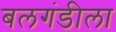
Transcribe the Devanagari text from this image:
बलगंडीला